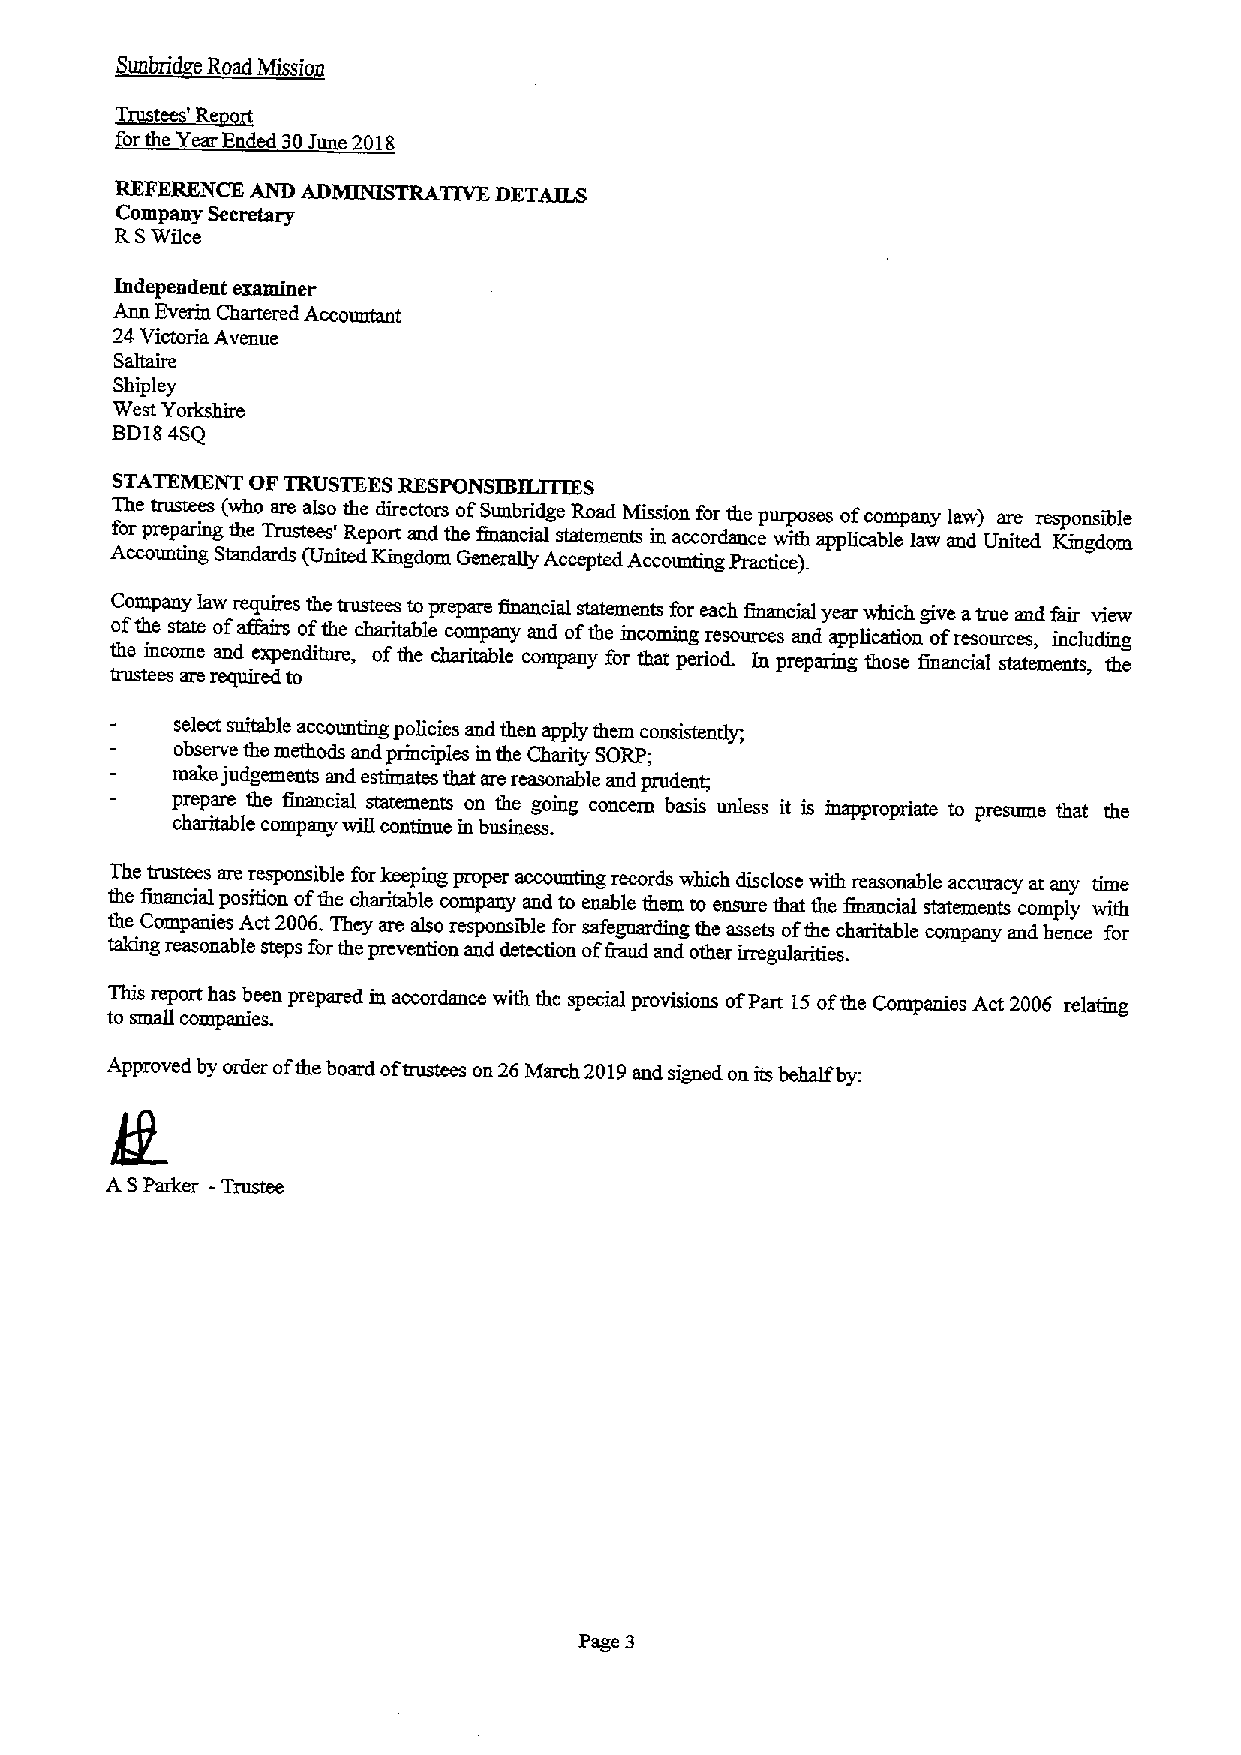
Sunbri e oad Mssio
 Xg@~Re
 9it
 orthe Year Ended 30June 2018
 REFERENCE AND ADMINISTRATIVE DETAILS
 Company Secretary
 RSWfice
 Independent examiner
 Aun Everin Chartered Accountant
 24Victoria Avenue
 Saltaire
 Shipley
 West Yorkshire
 BD184SQ
 STATEMENT OF TRUSTEES RESPONSIBILITIES
 The trustees (who are also the directors ofSunbridge Road Mission for the purposes ofcompany law) are responsible
 for preparmg the Trustees' Report and the finaucial statemeuts in accordance with applicable law and United Kmgdom
 Accountmg Standards (United Kingdom Generally Accepted Accounting Practice).
 C ofom thp ean sy tatelaw ofr ae fq fu ai ir re ss ot fhe thetru cs hte ae rs itabto lepre cp oa mre panf yinan anci dal ofst ta hte em ie nn ct os mif no gr e ra ec sh ouf ri cn ea snci aa nl dy ae pa pr liw cah ti ic oh
 n
 ~ ov fe rea st or uu re cea sn ,d f ii nd cr ludv ii ne gw
 the income and expenditure, ofthe charitable company for that perioL In preparmg those financial statements, the
 trustees are required to
 select suitable accounting policies and then apply them consistently;
 observe the methods and prmciples in the Charity SORP;
 make judgements and estimate that are reasonable and prudent;
 prepare the financial statements on the going concern basis unless it is mappropriate to presume that the
 charitable company will continue in business.
 The trustees are responsible forkeepiug proper accounting records which disclose whh reasonable accuracy at any time
 the financial position ofthe charhhle company and to enable them to ensure that the financia statements comply with
 the Companies Act 2006.They are also responsible for safeguarding the assets ofthe charitable company and hence for
 takmg reasonable steps forthe prevention and detection offraud and other irreydarities.
 This report has been prepared in accordance with the special provisions ofPart 15ofthe Companies Act 2006 relating
 to small companies.
 Approved by order ofthe board oftruss' on 26March 2019and signed on its behalf by:
 ASParker - Trustee
 Page 3